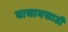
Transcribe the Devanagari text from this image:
वाचायसाठी